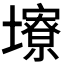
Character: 𪤮